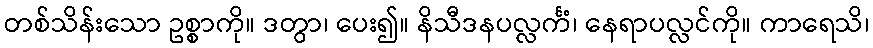
တစ်သိန်းသော ဥစ္စာကို။ ဒတွာ၊ ပေး၍။ နိသီဒနပလ္လင်္ကံ၊ နေရာပလ္လင်ကို။ ကာရေသိ၊